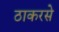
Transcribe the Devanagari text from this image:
ठाकरसे